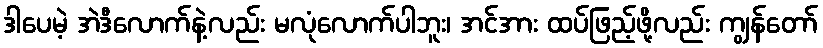
ဒါပေမဲ့ အဲဒီလောက်နဲ့လည်း မလုံလောက်ပါဘူး၊ အင်အား ထပ်ဖြည့်ဖို့လည်း ကျွန်တော်